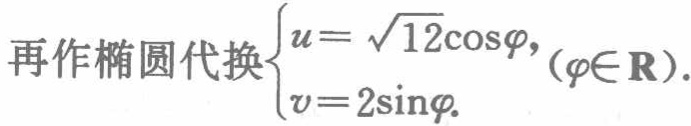
再作椭圆代换$\begin{cases}u = \sqrt{12}\cos\varphi,\\v = 2\sin\varphi.\end{cases}(\varphi\in \mathbf{R}).$